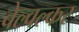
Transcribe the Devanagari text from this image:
बेल्वल्कर